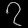
Digit: ၇